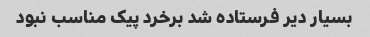
بسیار دیر فرستاده شد برخرد پیک مناسب نبود